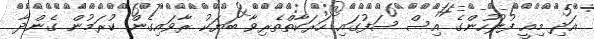
އަދި މިއީ ފުުލުުހުންގެ އިސް ސަފުގައި ހަރަކާތްތެރިވާ ބަޔަކު ރާވައިގެން ކުރަމުން ގެންދާ